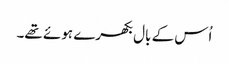
اُس کے بال بکھرے ہوئے تھے۔